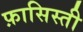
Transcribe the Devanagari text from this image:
फ़ासिस्ती